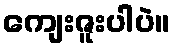
ကျေးဇူးပါပဲ။